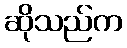
ဆိုသည်က